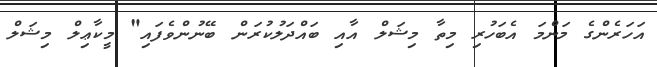
އަހަރެންގެ މަންމަ އެބަހުރި މިތާ މިޝަލް އާއި ބައްދަލުކުރަން ބޭނުންވެފައި" މީކާޢިލް މިޝަލް